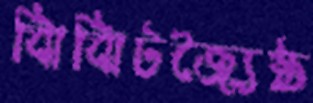
ঝিঝিটজ্যৈষ্ঠ